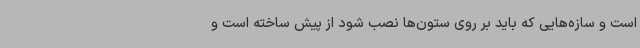
است و سازه‌هایی که باید بر روی ستون‌ها نصب شود از پیش ساخته است و